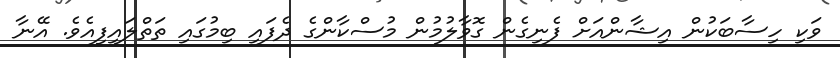
ވަކި ހިސާބަކުން އިޝާންއަށް ފެނިގެން ގޮވާލުމުން މުސްކާންގެ ދެފައި ބިމުގައި ތަތްލައިފިއެވެ. އޭނާ